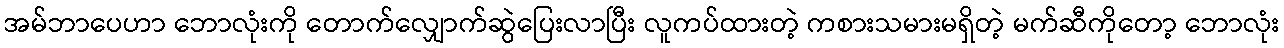
အမ်ဘာပေဟာ ဘောလုံးကို တောက်လျှောက်ဆွဲပြေးလာပြီး လူကပ်ထားတဲ့ ကစားသမားမရှိတဲ့ မက်ဆီကိုတော့ ဘောလုံး